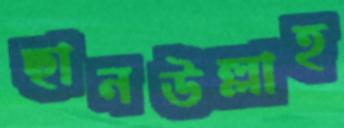
ছানউল্লাহ